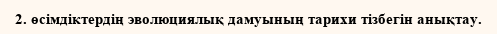
2. өсімдіктердің эволюциялық дамуының тарихи тізбегін анықтау.